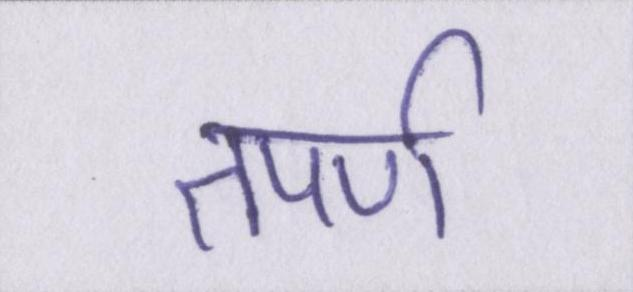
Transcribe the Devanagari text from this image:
तपर्ण